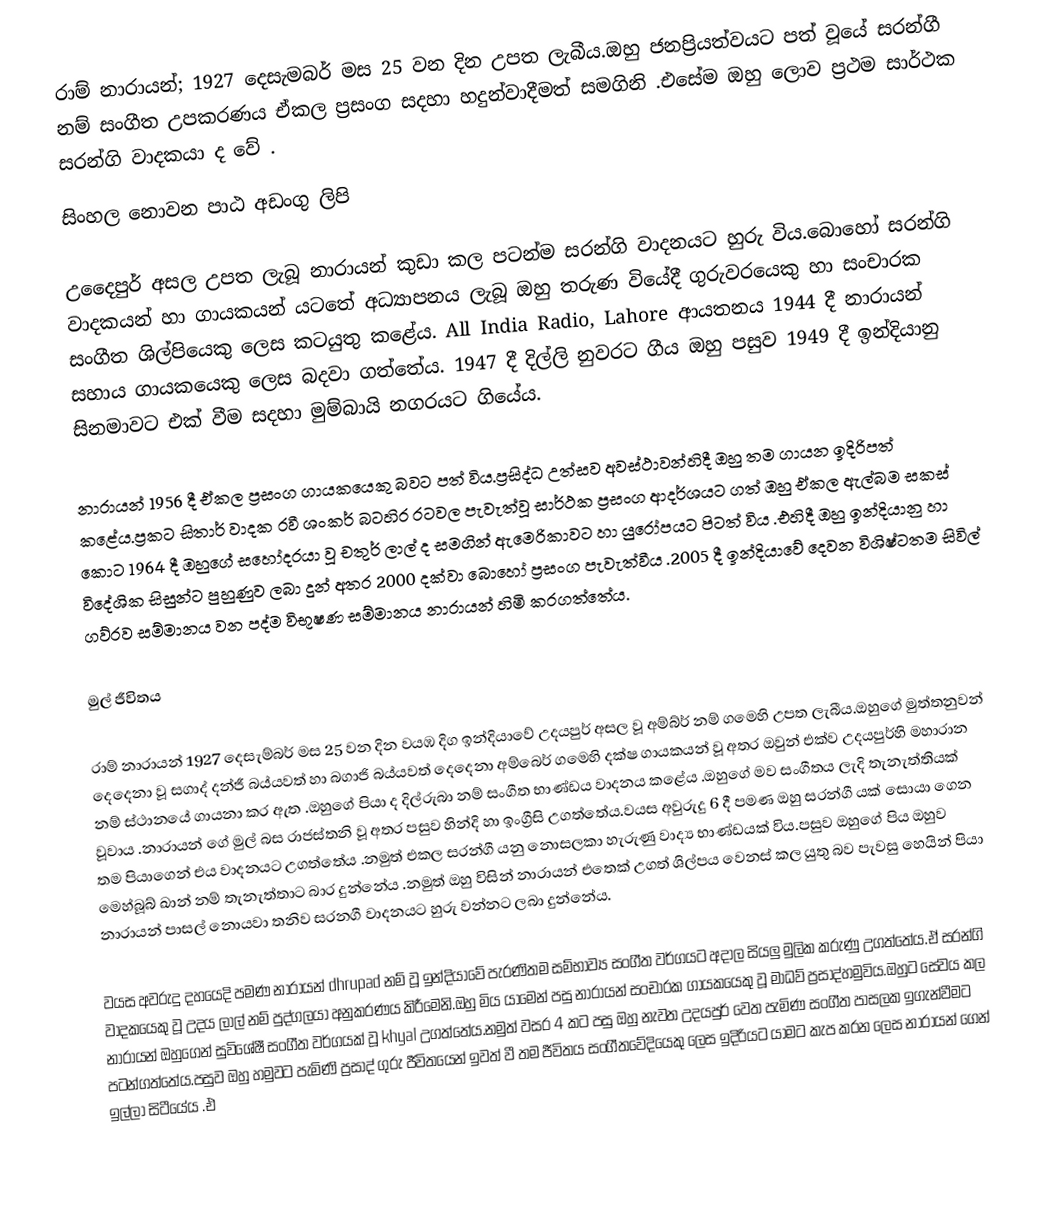
රාම් නාරායන්; 1927 දෙසැමබර් මස 25 වන දින  උපත ලැබීය.ඔහු ජනප්‍රියත්වයට පත් වූයේ සරන්ගී නම් සංගීත උපකරණය ඒකල ප්‍රසංග සදහා හදුන්වාදීමත් සමගිනි .එසේම ඔහු ලොව ප්‍රථම සාර්ථක සරන්ගි   වාදකයා ද වේ .     
සිංහල නොවන පාඨ අඩංගු ලිපි

උදෛපුර් අසල උපත ලැබූ නාරායන් කුඩා කල පටන්ම සරන්ගි වාදනයට හුරු විය.බොහෝ සරන්ගි වාදකයන් හා ගායකයන් යටතේ අධ්‍යාපනය    ලැබූ ඔහු තරුණ වියේදී ගුරුවරයෙකු හා සංචාරක සංගීත ශිල්පියෙකු ලෙස කටයුතු කළේය. All India Radio, Lahore ආයතනය 1944 දී  නාරායන් සහාය ගායකයෙකු ලෙස බදවා ගත්තේය. 1947 දී දිල්ලි  නුවරට ගීය  ඔහු පසුව 1949 දී ඉන්දියානු සිනමාවට එක් වීම සදහා මුම්බායි නගරයට ගියේය. 

නාරායන් 1956 දී ඒකල ප්‍රසංග  ගායකයෙකු බවට පත් විය.ප්‍රසිද්ධ උත්සව අවස්ථාවන්හිදී ඔහු තම ගායන   ඉදිරිපත්  කළේය.ප්‍රකට සිතාර් වාදක රවී ශංකර් බටහිර රටවල පැවැත්වූ සාර්ථක ප්‍රසංග ආදර්ශයට ගත්  ඔහු ඒකල ඇල්බම සකස් කොට 1964 දී ඔහුගේ සහෝදරයා වූ චතුර් ලාල්  ද සමගින් ඇමෙරිකාවට හා යුරෝපයට පිටත් විය .එහිදී ඔහු ඉන්දියානු හා විදේශික සිසුන්ට පුහුණුව ලබා දුන් අතර 2000 දක්වා බොහෝ ප්‍රසංග පැවැත්වීය .2005 දී ඉන්දියාවේ දෙවන විශිෂ්ටතම සිවිල් ගව්රව සම්මානය වන පද්ම විභූෂණ සම්මානය නාරායන් හිමි කරගත්තේය.

මුල් ජීවිතය 

රාම්  නාරායන් 1927 දෙසැම්බර් මස 25 වන දින වයඹ දිග ඉන්දියාවේ  උදයපුර් අසල වූ අම්බ්ර් නම් ගමෙහි උපත ලැබීය.ඔහුගේ මුත්තනුවන් දෙදෙනා වූ සගාද් දන්ජී බය්යවත්   හා බගාජි බය්යවත් දෙදෙනා අම්බෙර් ගමෙහි දක්ෂ ගායකයන් වූ අතර ඔවුන් එක්ව  උදයපුර්හි මහාරාන නම් ස්ථානයේ ගායනා     කර ඇත .ඔහුගේ පියා  ද දිල්රුබා  නම් සංගීත භාණ්ඩය වාදනය කළේය .ඔහුගේ මව සංගීතය ලැදි   තැනැත්තියක්  වූවාය .නාරායන් ගේ මුල් බස රාජස්තනි වූ අතර   පසුව හින්දි හා ඉංග්‍රීසි උගත්තේය.වයස  අවුරුදු 6 දී පමණ ඔහු  සරන්ගී  යක් සොයා ගෙන තම පියාගෙන් එය වාදනයට උගත්තේය .නමුත් එකල සරන්ගී   යනු නොසලකා හැරුණු  වාද්‍ය භාණ්ඩයක් විය.පසුව ඔහුගේ පිය ඔහුව මෙහ්බූබ් ඛාන්  නම් තැනැත්තාට  බාර  දුන්නේය .නමුත් ඔහු විසින් නාරායන් එතෙක් උගත් ශිල්පය වෙනස් කල යුතු බව පැවසු හෙයින් පියා නාරායන් පාසල් නොයවා තනිව   සරනගී   වාදනයට හුරු වන්නට ලබා දුන්නේය. 

වයස අවරුදු දහයෙදි පමණ නාරායන් dhrupad නම් වූ ඉන්දියාවේ පැරණිතම සම්භාව්‍ය සංගීත වර්ගයට අදාල සියලු මුලික කරුණු උගත්තේය.ඒ සරන්ගි   වාදකයෙකු වූ උදය ලාල් නම් පුද්ගලයා අනුකරණය කිරීමෙනි.ඔහු මිය යාමෙන් පසු නාරායන් සංචාරක ගායකයෙකු වූ මාධව් ප්‍රසාද්හමුවිය.ඔහුට සේවය කල නාරායන් ඔහුගෙන් සුවිශේෂී සංගීත වර්ගයක් වූ khyal උගත්තේය.නමුත් වසර 4 කට පසු ඔහු නැවත උදයපුර් වෙත පැමිණ සංගීත පාසලක ඉගැන්වීමට පටන්ගත්තේය.පසුව ඔහු හමුවට පැමිණි ප්‍රසාද් ගුරු ජීවිතයෙන් ඉවත් වී තම ජීවිතය සංගීතවේදියෙකු ලෙස ඉදිරියට යාමට කැප කරන ලෙස නාරායන් ගෙන් ඉල්ලා සිටීයේය .එ